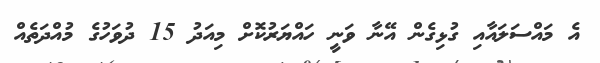
އެ މައްސަލައާއި ގުޅިގެން އޭނާ ވަނީ ހައްޔަރުކޮށް މިއަދު 15 ދުވަހުގެ މުއްދަތެއް